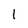
Character: 1